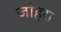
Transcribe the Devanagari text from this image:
जौहरा